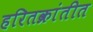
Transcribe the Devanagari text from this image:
हरितक्रांतीत